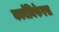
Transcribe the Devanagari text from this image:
कार्बनिफेरस